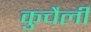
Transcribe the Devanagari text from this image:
कुचैली